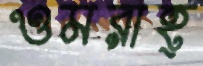
ওমরাহ্